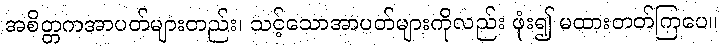
အစိတ္တကအာပတ်များတည်း၊ သင့်သောအာပတ်များကိုလည်း ဖုံး၍ မထားတတ်ကြပေ။